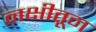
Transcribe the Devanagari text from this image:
नक्षीतून